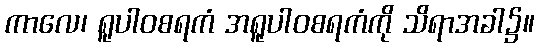
ကာလေ၊ ရူပါဝစရကံ အရူပါဝစရကံကို သိရာအခါ၌။